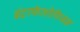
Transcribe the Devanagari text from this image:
इंट्राफॅलोपियन